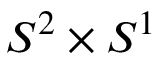
S ^ { 2 } \times S ^ { 1 }